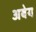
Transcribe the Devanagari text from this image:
अबेय